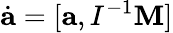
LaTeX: \dot{\mathbf a}=[{\mathbf a},I^{-1}{\mathbf M}]